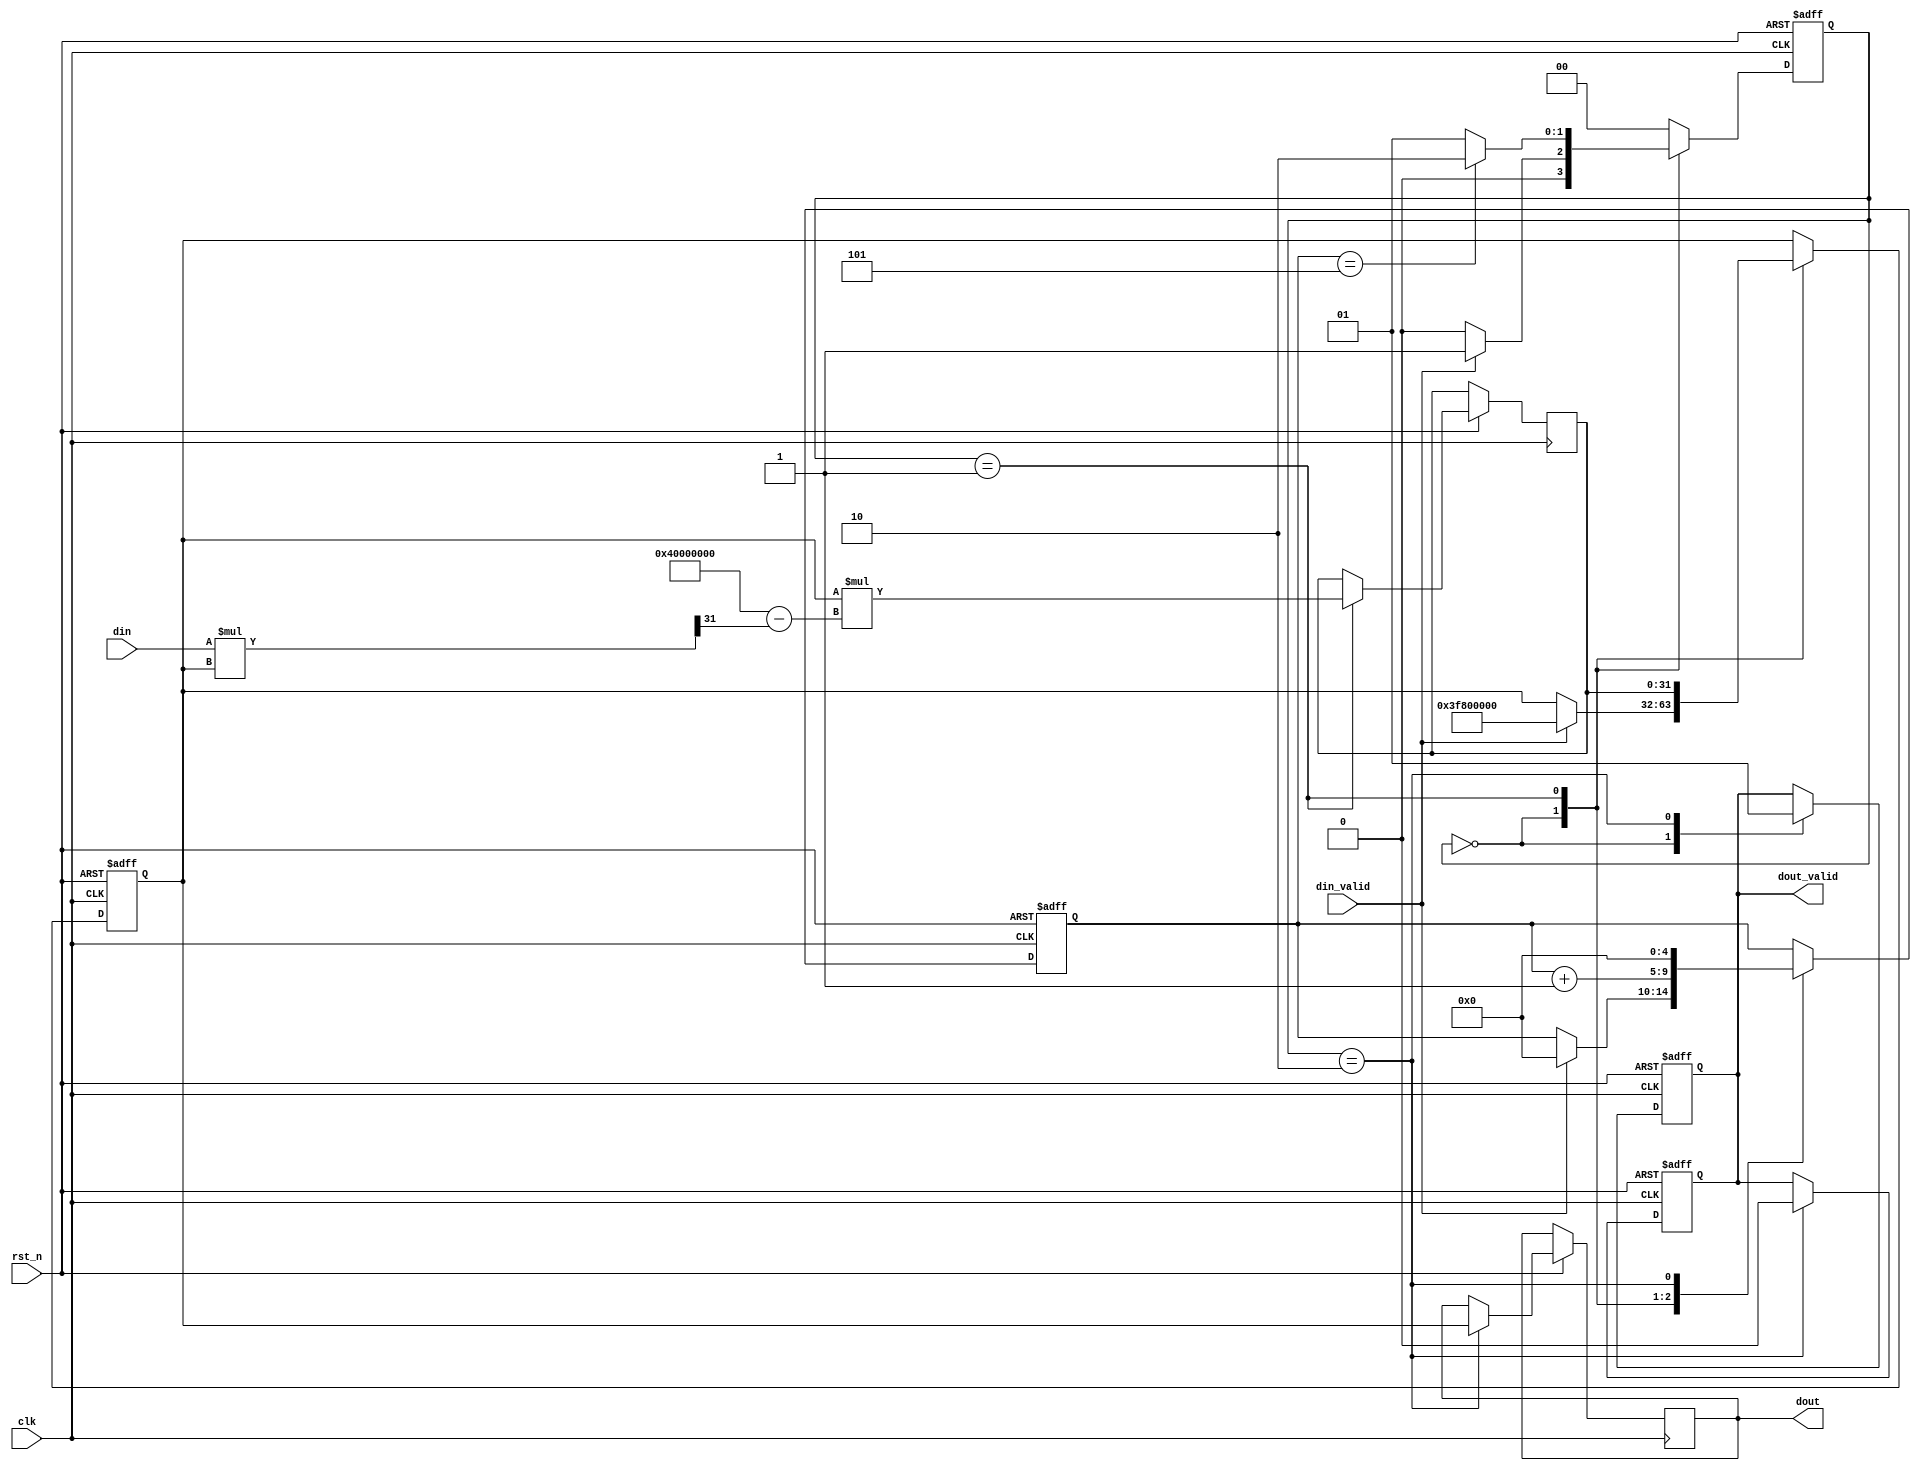
module ReciprocalUnit (
    input wire clk,
    input wire rst_n,
    input wire [31:0] din,            // Input data (32-bit)
    input wire din_valid,              // Input valid signal
    output reg [31:0] dout,            // Output data (32-bit)
    output reg dout_valid               // Output valid signal
);
    
    // States for FSM
    localparam IDLE       = 2'b00,
               COMPUTE    = 2'b01,
               OUTPUT      = 2'b10;

    reg [1:0] state, next_state;

    // Internal signals
    reg [31:0] x;                  // Current approximation
    reg [31:0] x_next;            // Next approximation
    reg [4:0] count;              // Iteration counter
    reg valid;                    // Internal valid signal

    // Constants
    localparam ITERATIONS = 5;     // Number of iterations for refinement

    // Initial approximation (for 32-bit fixed point, use an appropriate value)
    wire [31:0] initial_guess = 32'h3f800000; // 1.0 in floating point

    // FSM to handle operations
    always @(posedge clk or negedge rst_n) begin
        if (!rst_n) begin
            state <= IDLE;
        end else begin
            state <= next_state;
        end
    end

    // Next state logic
    always @(*) begin
        case (state)
            IDLE: begin
                if (din_valid) begin
                    next_state = COMPUTE;
                end else begin
                    next_state = IDLE;
                end
            end
            COMPUTE: begin
                if (count == ITERATIONS) begin
                    next_state = OUTPUT;
                end else begin
                    next_state = COMPUTE;
                end
            end
            OUTPUT: begin
                next_state = IDLE;
            end
            default: next_state = IDLE;
        endcase
    end

    // Register input and perform iterations
    always @(posedge clk or negedge rst_n) begin
        if (!rst_n) begin
            dout_valid <= 1'b0;
            count <= 0;
            x <= initial_guess;
        end else begin
            case (state)
                IDLE: begin
                    dout_valid <= 1'b0;
                    if (din_valid) begin
                        // Initialize count and start calculations
                        count <= 0;
                        x <= initial_guess; // Initialize with an initial guess
                    end
                end
                COMPUTE: begin
                    // Newton-Raphson iteration: x_next = x * (2 - din * x)
                    x_next <= x * (32'h40000000 - (din * x >> 31)); // 1 (1 << 30) can be adjusted
                    x <= x_next;
                    count <= count + 1;
                end
                OUTPUT: begin
                    dout <= x;       // Store the final approximation in output
                    dout_valid <= 1'b1; // Set output valid
                    count <= 0;      // Reset count for next operation
                end
            endcase
        end
    end

    // Clear output valid signal after read
    always @(posedge clk or negedge rst_n) begin
        if (!rst_n) begin
            dout_valid <= 1'b0;
        end else if (state == OUTPUT) begin
            dout_valid <= 1'b0; // Clear after output
        end
    end

endmodule